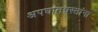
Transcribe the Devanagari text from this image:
अपघातग्रस्तांना